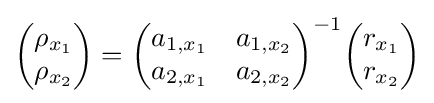
{\begin{pmatrix}\rho _{x_{1}}\\\rho _{x_{2}}\end{pmatrix}}={\begin{pmatrix}a_{1,x_{1}}&a_{1,x_{2}}\\a_{2,x_{1}}&a_{2,x_{2}}\end{pmatrix}}^{-1}{\begin{pmatrix}r_{x_{1}}\\r_{x_{2}}\end{pmatrix}}